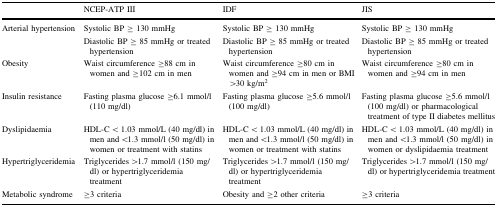
<table><thead><tr><td></td><td><b>NCEP-ATP III</b></td><td><b>IDF</b></td><td><b>JIS</b></td></tr></thead><tbody><tr><td>Arterial hypertension</td><td>Systolic BP ≥ 130 mmHgDiastolic BP ≥ 85 mmHg or treated hypertension</td><td>Systolic BP ≥ 130 mmHgDiastolic BP ≥ 85 mmHg or treated hypertension</td><td>Systolic BP ≥ 130 mmHgDiastolic BP ≥ 85 mmHg or treated hypertension</td></tr><tr><td>Obesity</td><td>Waist circumference ≥88 cm in women and ≥102 cm in men</td><td>Waist circumference ≥80 cm in women and ≥94 cm in men or BMI &gt;30 kg/m<sup>2</sup></td><td>Waist circumference ≥80 cm in women and ≥94 cm in men</td></tr><tr><td>Insulin resistance</td><td>Fasting plasma glucose ≥6.1 mmol/l (110 mg/dl)</td><td>Fasting plasma glucose ≥5.6 mmol/l (100 mg/dl)</td><td>Fasting plasma glucose ≥5.6 mmol/l (100 mg/dl) or pharmacological treatment of type II diabetes mellitus</td></tr><tr><td>Dyslipidaemia</td><td>HDL-C &lt; 1.03 mmol/L (40 mg/dl) in men and &lt;1.3 mmol/l (50 mg/dl) in women or treatment with statins</td><td>HDL-C &lt; 1.03 mmol/L (40 mg/dl) in men and &lt;1.3 mmol/l (50 mg/dl) in women or treatment with statins</td><td>HDL-C &lt; 1.03 mmol/L (40 mg/dl) in men and &lt;1.3 mmol/l (50 mg/dl) in women or dyslipidaemia treatment</td></tr><tr><td>Hypertriglyceridemia</td><td>Triglycerides &gt;1.7 mmol/l (150 mg/dl) or hypertriglyceridemia treatment</td><td>Triglycerides &gt;1.7 mmol/l (150 mg/dl) or hypertriglyceridemia treatment</td><td>Triglycerides &gt;1.7 mmol/l (150 mg/dl) or hypertriglyceridemia treatment</td></tr><tr><td>Metabolic syndrome</td><td>≥3 criteria</td><td>Obesity and ≥2 other criteria</td><td>≥3 criteria</td></tr></tbody></table>